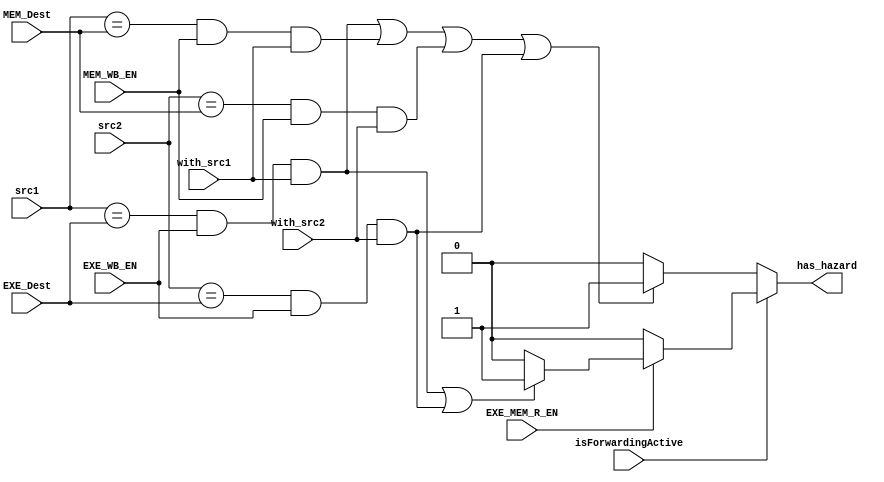
module Hazard_Detection_Unit (
    input                        EXE_WB_EN,
    input                        MEM_WB_EN,
    input                        with_src1,
    input                        with_src2,
    input                        isForwardingActive,
    input                        EXE_MEM_R_EN,
    input  [3:0]                 src1,
    input  [3:0]                 src2,
    input  [3:0]                 EXE_Dest,
    input  [3:0]                 MEM_Dest,

    output reg                   has_hazard
);

    always @(*) begin
      has_hazard = 1'b0;
      if(~isForwardingActive) begin
        if (    ((src1 == EXE_Dest) && (EXE_WB_EN) && (with_src1)) ||
                ((src1 == MEM_Dest) && (MEM_WB_EN) && (with_src1)) ||
                ((src2 == MEM_Dest) && (MEM_WB_EN) && (with_src2)) ||
                ((src2 == EXE_Dest) && (EXE_WB_EN) && (with_src2)) 
            ) has_hazard = 1'b1;
      end
      else if(EXE_MEM_R_EN) begin
        if (    ((src1 == EXE_Dest) && (EXE_WB_EN) && (with_src1)) ||
                ((src2 == EXE_Dest) && (EXE_WB_EN) && (with_src2)) 
            ) has_hazard = 1'b1;
      end
    end

endmodule